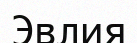
Эвлия